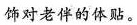
饰对老伴的体贴。